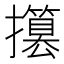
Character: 𢸥